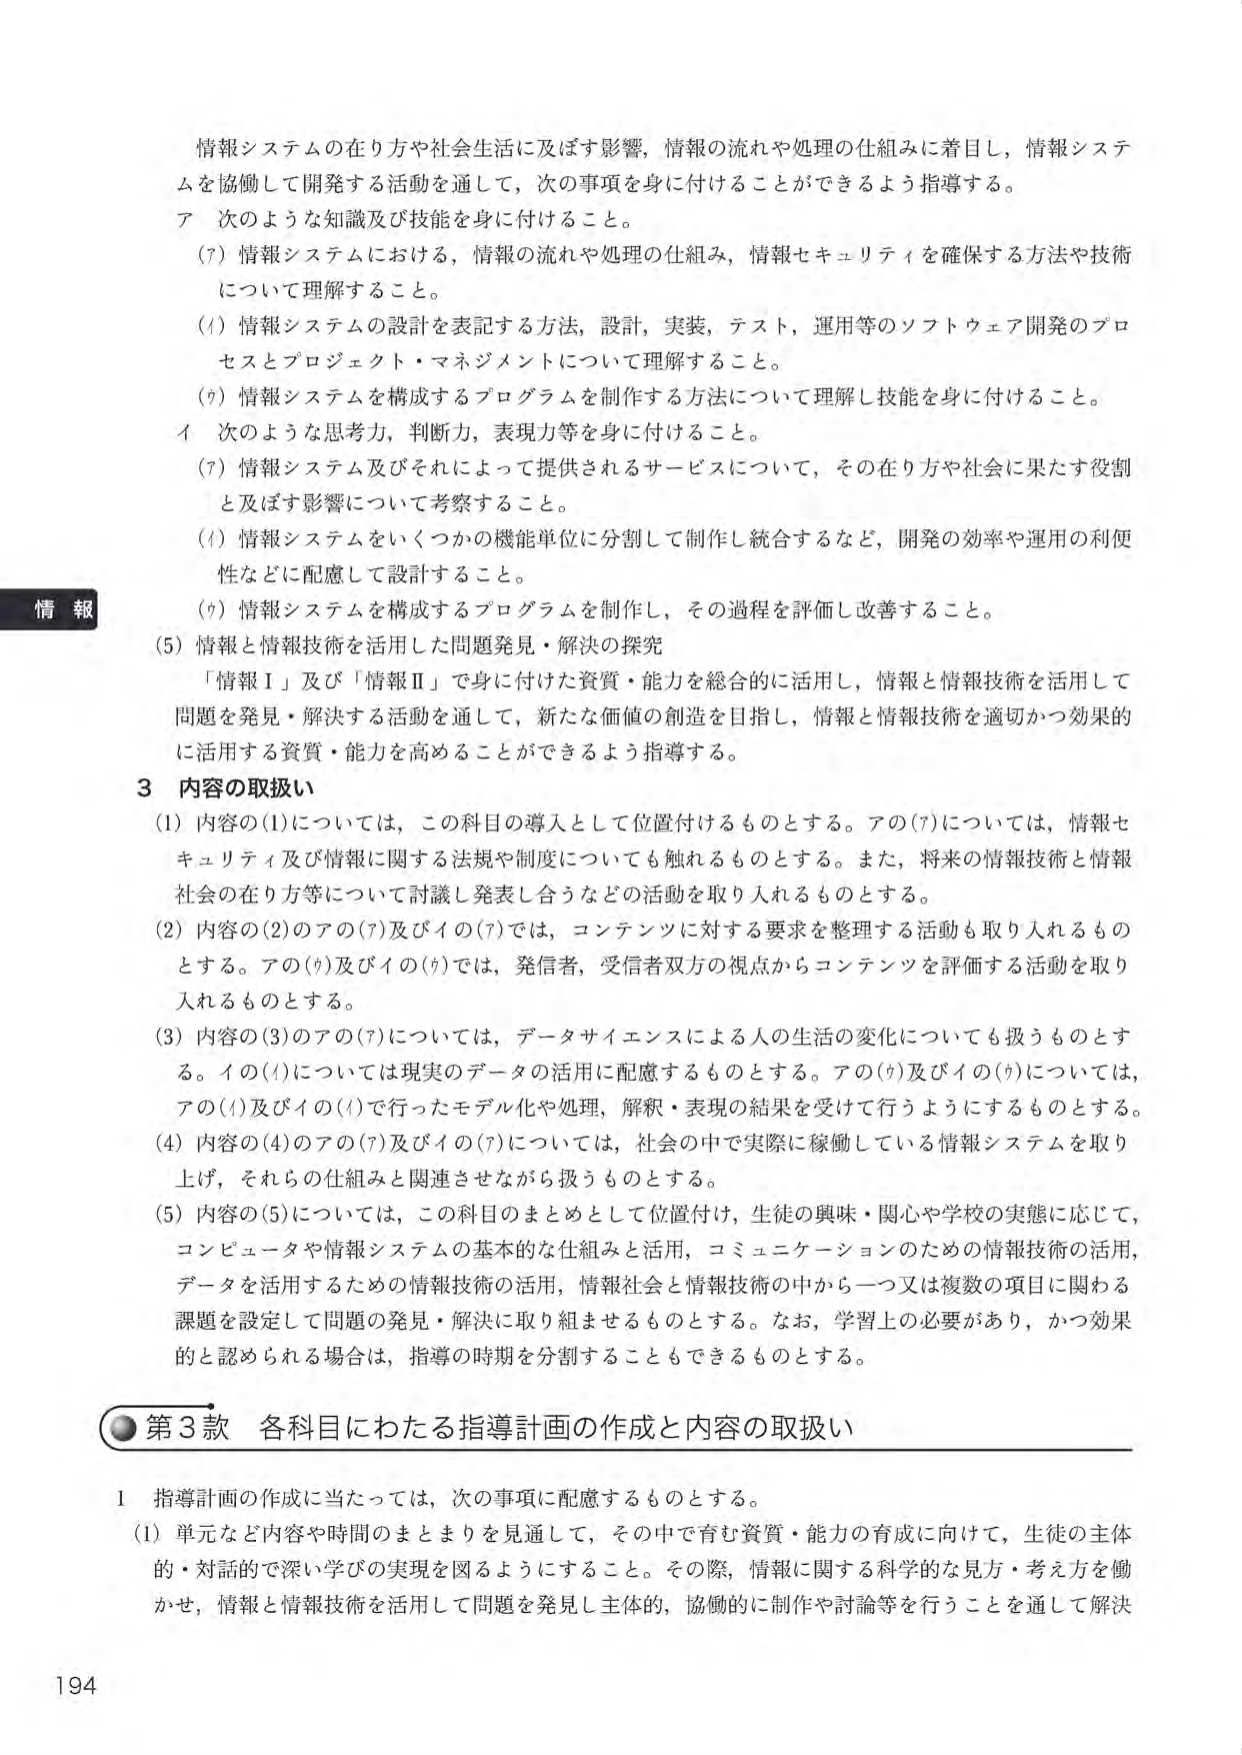
情報システムの在り方や社会生活に及ぼす影響，情報の流れや処理の仕組みに着目し，情報システムを協働して開発する活動を通して，次の事項を身に付けることができるよう指導する。

ア 次のような知識及び技能を身に付けること。

(7) 情報システムにおける，情報の流れや処理の仕組み，情報セキュリティを確保する方法や技術について理解すること。

(1) 情報システムの設計を表記する方法，設計，実装，テスト，運用等のソフトウェア開発のプロセスとプロジェクト・マネジメントについて理解すること。

(9) 情報システムを構成するプログラムを制作する方法について理解し技能を身に付けること。

イ 次のような思考力，判断力，表現力等を身に付けること。

(7) 情報システム及びそれによって提供されるサービスについて，その在り方や社会に果たす役割と及ぼす影響について考察すること。

(1) 情報システムをいくつかの機能単位に分割して制作し統合するなど，開発の効率や運用の利便性などに配慮して設計すること。

(9) 情報システムを構成するプログラムを制作し，その過程を評価し改善すること。

(5) 情報と情報技術を活用した問題発見・解決の探究

「情報Ⅰ」及び「情報Ⅱ」で身に付けた資質・能力を総合的に活用し，情報と情報技術を活用して問題を発見・解決する活動を通して，新たな価値の創造を目指し，情報と情報技術を適切かつ効果的に活用する資質・能力を高めることができるよう指導する。

3 内容の取扱い

(1) 内容の(1)については，この科目の導入として位置付けるものとする。アの(7)については，情報セキュリティ及び情報に関する法規や制度についても触れるものとする。また，将来の情報技術と情報社会の在り方等について討論し発表し合うなどの活動を取り入れるものとする。

(2) 内容の(2)のアの(7)及びイの(7)では，コンテンツに対する要求を整理する活動も取り入れるものとする。アの(9)及びイの(9)では，発信者，受信者双方の視点からコンテンツを評価する活動を取り入れるものとする。

(3) 内容の(3)のアの(7)については，データサイエンスによる人の生活の変化についても扱うものとする。イの(1)については現実のデータの活用に配慮するものとする。アの(9)及びイの(9)については，アの(1)及びイの(1)で行ったモデル化や処理，解釈・表現の結果を受けを行うようにするものとする。

(4) 内容の(4)のアの(7)及びイの(7)については，社会の中で実際に稼働している情報システムを取り上げ，それらの仕組みと関連させながら扱うものとする。

(5) 内容の(5)については，この科目のまとめとして位置付け，生徒の興味・関心や学校の実態に応じて，コンピュータや情報システムの基本的な仕組みと活用，コミュニケーションのための情報技術の活用，データを活用するための情報技術の活用，情報社会と情報技術の中から一つ又は複数の項目に関わる課題を設定して問題の発見・解決に取り組ませるものとする。なお，学習上の必要があり，かつ効果的と認められる場合は，指導の時期を分割することもできるものとする。

第3款 各科目にわたる指導計画の作成と内容の取扱い

1 指導計画の作成に当たっては，次の事項に配慮するものとする。

(1) 単元など内容や時間のまとまりを見通して，その中で育む資質・能力の育成に向けて，生徒の主体的・対話的で深い学びの実現を図るようにすること。その際，情報に関する科学的な見方・考え方を働かせ，情報と情報技術を活用して問題を発見し主体的，協働的に制作や討論等を行うことを通して解決

194